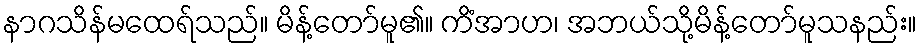
နာဂသိန်မထေရ်သည်။ မိန့်တော်မူ၏။ ကိံအာဟ၊ အဘယ်သို့မိန့်တော်မူသနည်း။